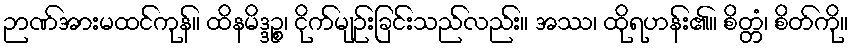
ဉာဏ်အားမထင်ကုန်။ ထိနမိဒ္ဒဉ္စ၊ ငိုက်မျဉ်းခြင်းသည်လည်း။ အဿ၊ ထိုရဟန်း၏။ စိတ္တံ၊ စိတ်ကို။